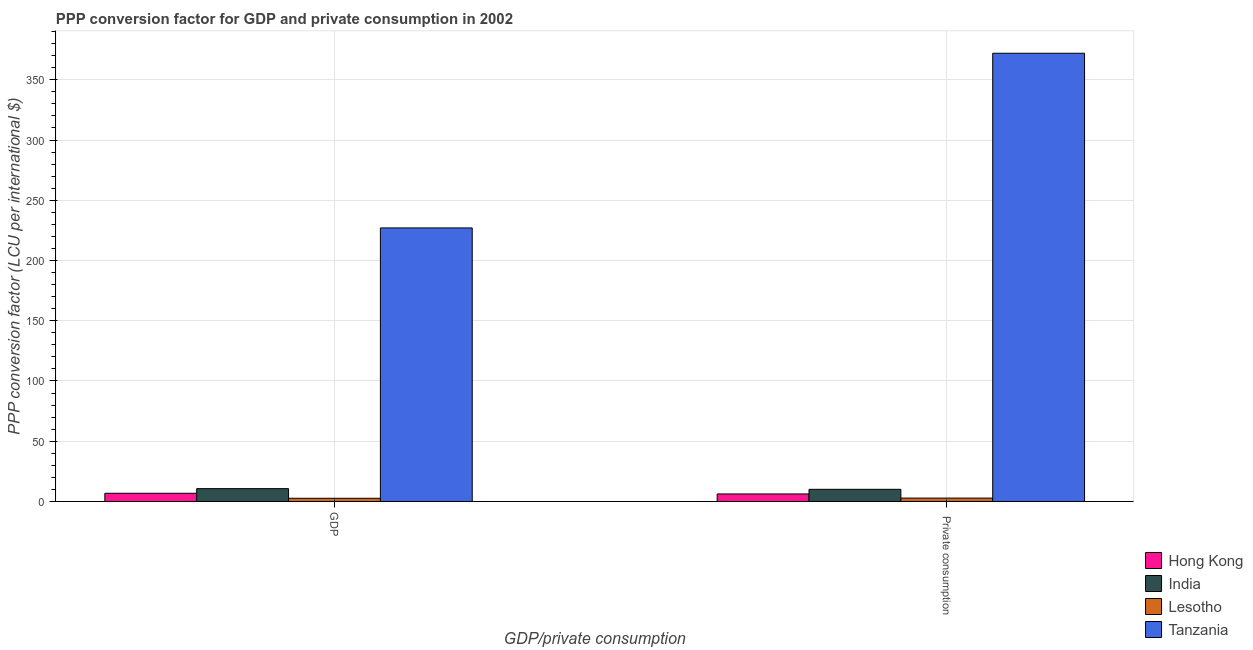
| GDP/private consumption | Hong Kong | India | Lesotho | Tanzania |
 | --- | --- | --- | --- | --- |
 | GDP | 6.8 | 10.7 | 2.65 | 227 |
 |  Private consumption | 6.24 | 10.1 | 2.82 | 372 |